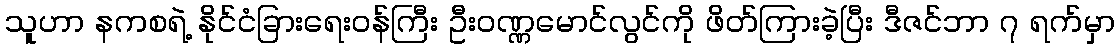
သူဟာ နကစရဲ့ နိုင်ငံခြားရေး၀န်ကြီး ဦး၀ဏ္ဏမောင်လွင်ကို ဖိတ်ကြားခဲ့ပြီး ဒီဇင်ဘာ ၇ ရက်မှာ